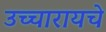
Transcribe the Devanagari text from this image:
उच्चारायचे